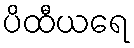
ပိထီယရေ